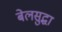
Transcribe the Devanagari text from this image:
बेलसुद्धा